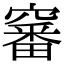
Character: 䆺